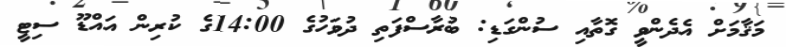
މަޤާމަށް އެދެންވީ ގޮތާއި ސުންގަޑި: ބުރާސްފަތި ދުވަހުގެ 14:00ގެ ކުރިން އައްޑޫ ސިޓީ